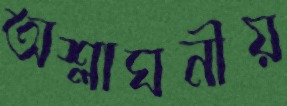
অশ্লাঘনীয়